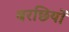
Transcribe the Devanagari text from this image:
बरछियों